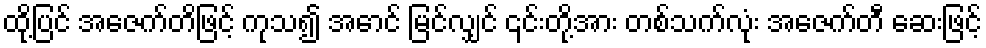
ထို့ပြင် အေဇက်တိဖြင့် ကုသ၍ အောင် မြင်လျှင် ၎င်းတို့အား တစ်သက်လုံး အေဇက်တီ ဆေးဖြင့်